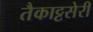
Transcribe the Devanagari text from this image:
तैकाट्टसेरी